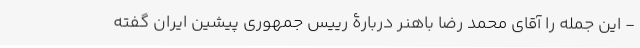
- این جمله را آقای محمد رضا باهنر دربارۀ رییس جمهوری پیشین ایران گفته